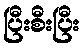
ပြီးစီးပြီး